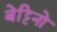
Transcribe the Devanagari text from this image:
बेट्टिनो